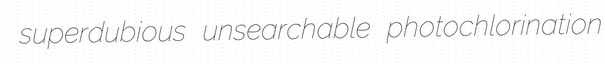
superdubious unsearchable photochlorination